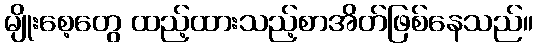
မျိုးစေ့တွေ ထည့်ထားသည့်စာအိတ်ဖြစ်နေသည်။